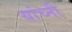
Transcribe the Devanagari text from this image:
यांच्नी